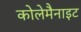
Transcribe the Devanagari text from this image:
कोलेमैनाइट